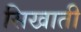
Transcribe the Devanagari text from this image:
सिखाती